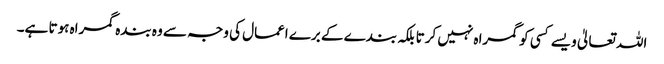
اللہ تعالیٰ ویسے کسی کو گمراہ نہیں کرتا بلکہ بندے کے برے اعمال کی وجہ سے وہ بندہ گمراہ ہوتا ہے۔